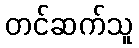
တင်ဆက်သူ